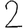
Digit: 2